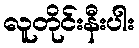
လူတိုင်းနီးပါး